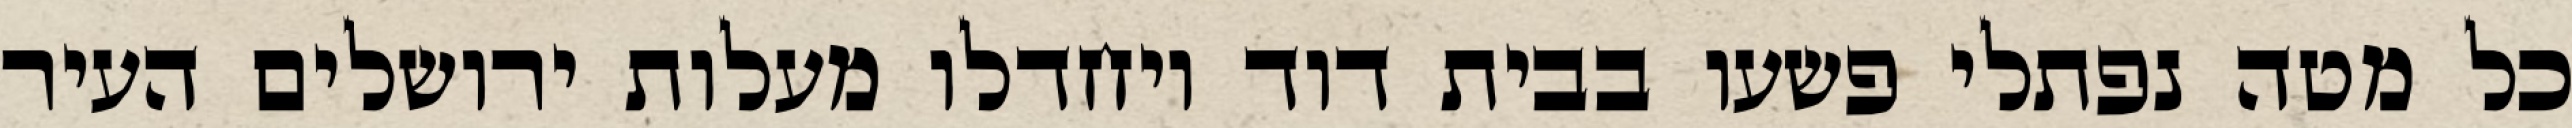
כל מטה נפתלי פשעו בבית דוד ויחדלו מעלות ירושלים העיר